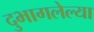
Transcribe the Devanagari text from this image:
दुभागलेल्या